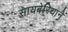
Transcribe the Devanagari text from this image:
सायबेरियाने